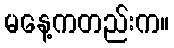
မနေ့ကတည်းက။